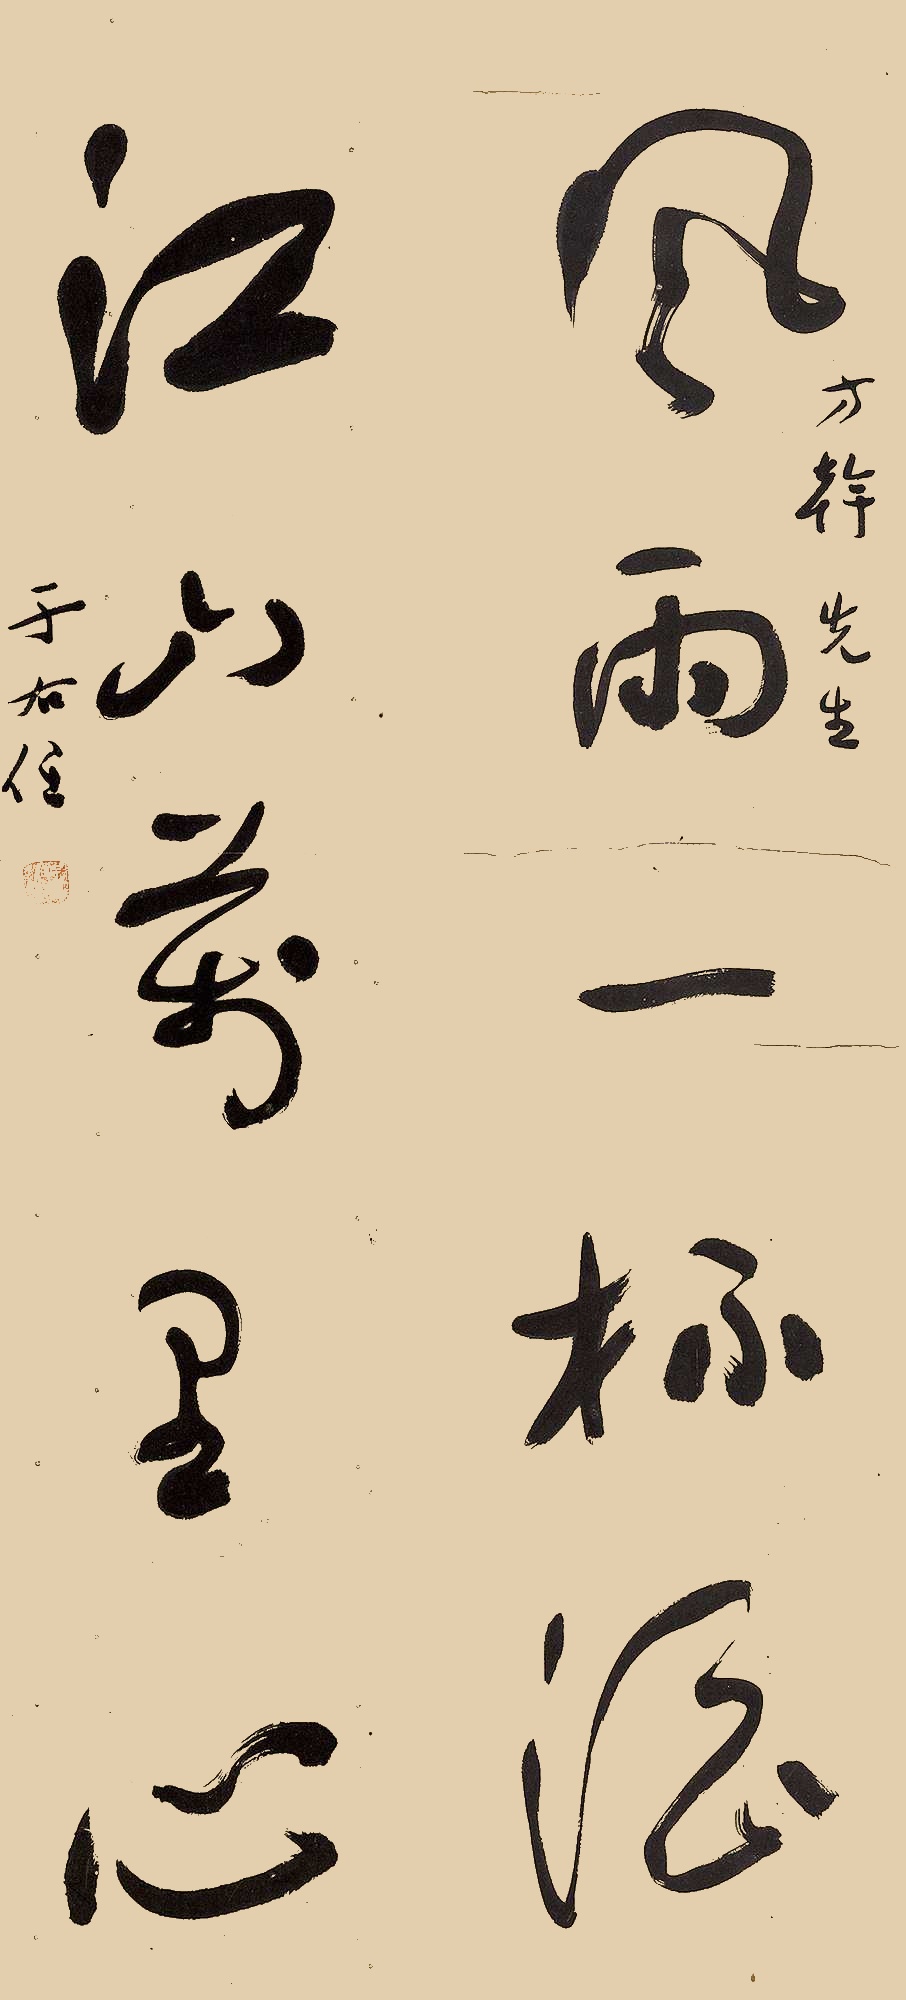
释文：风雨一杯酒，江山万里心。方干先生。于右任。